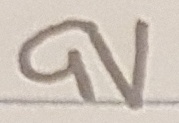
Text: 9V